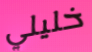
خليلي